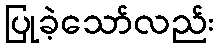
ပြုခဲ့သော်လည်း